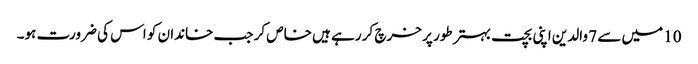
10 میں سے 7 والدین اپنی بچت بہتر طور پر خرچ کر رہے ہیں خاص کر جب خاندان کو اس کی ضرورت ہو۔